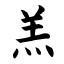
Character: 羔